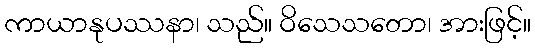
ကာယာနုပဿနာ၊ သည်။ ဝိသေသတော၊ အားဖြင့်။